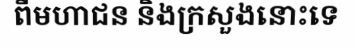
ពីមហាជន និងក្រសួងនោះទេ